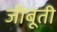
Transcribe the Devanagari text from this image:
जीबूती